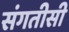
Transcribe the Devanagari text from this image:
संगतीसी